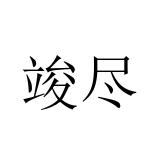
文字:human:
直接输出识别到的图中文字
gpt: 竣尽